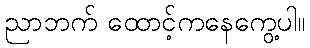
ညာဘက် ထောင့်ကနေကွေ့ပါ။